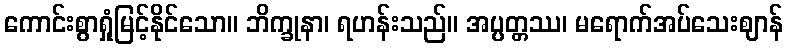
ကောင်းစွာရှုံမြင့်နိုင်သော။ ဘိက္ခုနာ၊ ရဟန်းသည်။ အပ္ပတ္တဿ၊ မရောက်အပ်သေးဈာန်